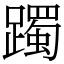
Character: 躅